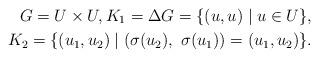
LaTeX: \begin{align*}G=U\times U, K_{1}=\Delta G= \{(u, u) \mid u \in U\},\\ K_{2}=\{(u_{1}, u_{2}) \mid (\sigma (u_{2}),\ \sigma (u_{1}))=(u_{1}, u_{2})\}.\end{align*}